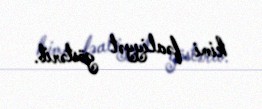
kimi fəaliyyət göstərib.